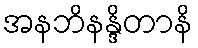
အနဘိနန္ဒိတာနိ